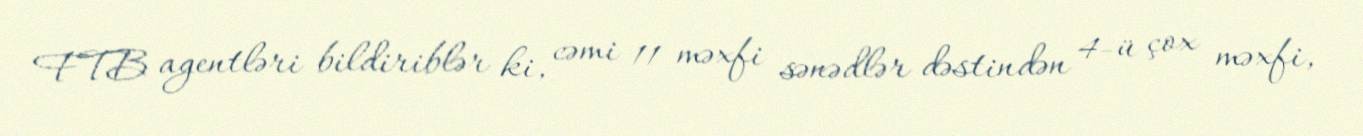
FTB agentləri bildiriblər ki, cəmi 11 məxfi sənədlər dəstindən 4-ü çox məxfi,